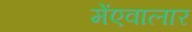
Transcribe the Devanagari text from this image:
मेंएवालार